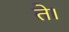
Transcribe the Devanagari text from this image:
ते।